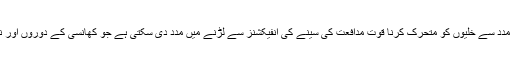
دوسری جانب چینی کی مدد سے خلیوں کو متحرک کرنا قوت مدافعت کی سینے کی انفیکشنز سے لڑنے میں مدد دی سکتی ہے جو کھانسی کے دوروں اور نمونیہ کا سبب بنتے ہیں۔